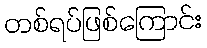
တစ်ရပ်ဖြစ်ကြောင်း